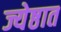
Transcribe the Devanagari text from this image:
ज्येष्ठात